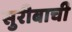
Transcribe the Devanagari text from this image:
सुरीबाची